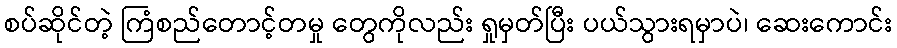
စပ်ဆိုင်တဲ့ ကြံစည်တောင့်တမှု တွေကိုလည်း ရှုမှတ်ပြီး ပယ်သွားရမှာပဲ၊ ဆေးကောင်း